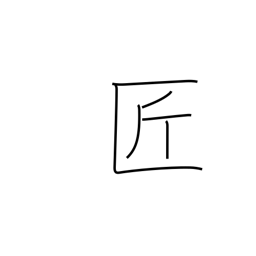
Meaning: artisan